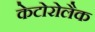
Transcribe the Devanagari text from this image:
केटोरोलैक